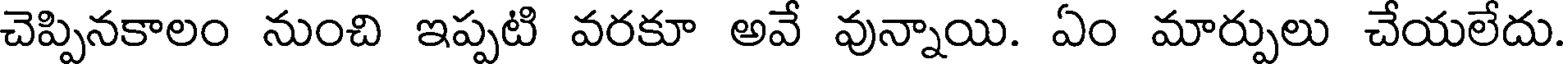
చెప్పినకాలం నుంచి ఇప్పటి వరకూ అవే వున్నాయి. ఏం మార్పులు చేయలేదు